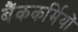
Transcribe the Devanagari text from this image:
बैंककर्मियों